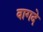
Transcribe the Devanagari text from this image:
वागदे